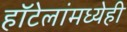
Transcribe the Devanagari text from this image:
हॉटेलांमध्येही